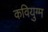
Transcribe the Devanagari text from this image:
कवियुग्म